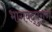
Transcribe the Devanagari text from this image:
भागवद्पुराण